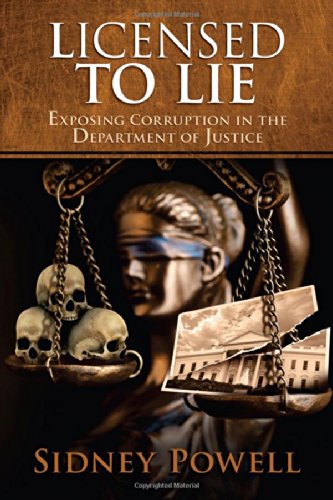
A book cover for Licensed to Lie: Exposing Corruption in the Department of Justice; Sidney Powell; Law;